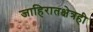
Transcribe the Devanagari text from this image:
जाहिरातक्षेत्रही